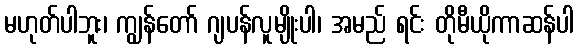
မဟုတ်ပါဘူး၊ ကျွန်တော် ဂျပန်လူမျိုးပါ၊ အမည် ရင်း တိုမီယိုကာဆန်ပါ